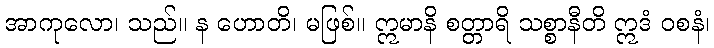
အာကုလော၊ သည်။ န ဟောတိ၊ မဖြစ်။ ဣမာနိ စတ္တာရိ သစ္စာနီတိ ဣဒံ ဝစနံ၊